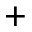
^ +